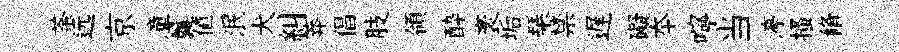
荼远京潼曩值泯犬糾莽倡肢領酔袤垢琹禁遅礙夲嚀当渟搔脩